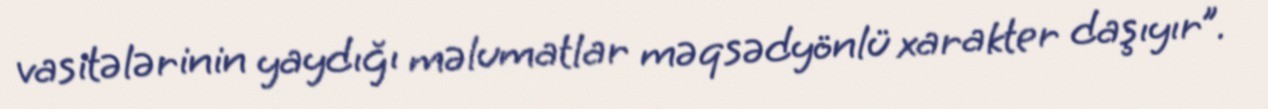
vasitələrinin yaydığı məlumatlar məqsədyönlü xarakter daşıyır”.